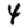
Digit: 4